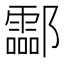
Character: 酃